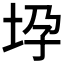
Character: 𫭧